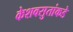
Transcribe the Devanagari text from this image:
केशवसुतांकडे